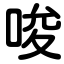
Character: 唆